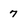
Character: 7